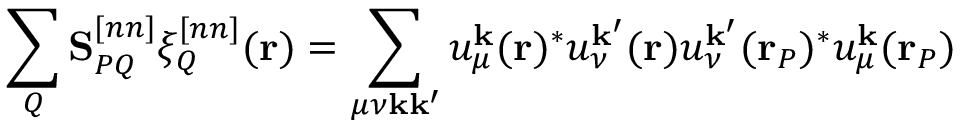
\sum _ { Q } \mathbf S _ { P Q } ^ { [ n n ] } \xi _ { Q } ^ { [ n n ] } ( \mathbf { r } ) = \sum _ { \mu \nu \mathbf { k } \mathbf { k } ^ { \prime } } u _ { \mu } ^ { \mathbf { k } } ( \mathbf { r } ) ^ { * } u _ { \nu } ^ { \mathbf { k } ^ { \prime } } ( \mathbf { r } ) u _ { \nu } ^ { \mathbf { k } ^ { \prime } } ( \mathbf { r } _ { P } ) ^ { * } u _ { \mu } ^ { \mathbf { k } } ( \mathbf { r } _ { P } )